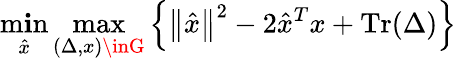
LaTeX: \operatorname*{m\mathbf{i}n}_{\hat{{x}}}\operatorname*{max}_{(\Delta,x)\inG}\left\{ \left\| {\hat{{x}}}\right\| ^{2}-2{\hat{{x}}}^{T}x+\operatorname{Tr}(\Delta)\right\}